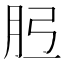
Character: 𦙠